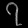
Digit: ၇